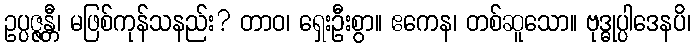
ဥပ္ပဇ္ဇန္တီ၊ မဖြစ်ကုန်သနည်း? တာဝ၊ ရှေးဦးစွာ။ ဧကေန၊ တစ်ဆူသော။ ဗုဒ္ဓုပ္ပါဒေနပိ၊